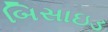
બિસાઇડ